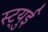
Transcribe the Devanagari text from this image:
स्ट्युई